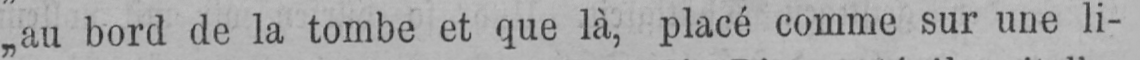
„au bord de la tombe et que là, placé comme sur une li-